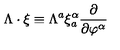
\Lambda \cdot \xi \equiv \Lambda ^ { a } \xi _ { a } ^ { \alpha } \frac { \partial } { \partial \varphi ^ { \alpha } }